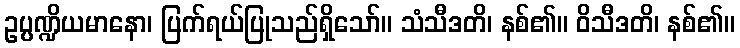
ဥပ္ပဏ္ဍိယမာနော၊ ပြက်ရယ်ပြုသည်ရှိသော်။ သံသီဒတိ၊ နစ်၏။ ဝိသီဒတိ၊ နစ်၏။